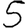
Digit: 5